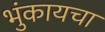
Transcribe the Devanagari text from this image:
भुंकायचा